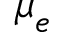
{ \boldsymbol { \mu } } _ { e }